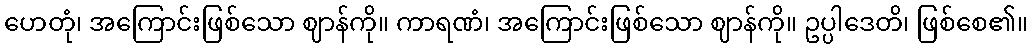
ဟေတုံ၊ အကြောင်းဖြစ်သော ဈာန်ကို။ ကာရဏံ၊ အကြောင်းဖြစ်သော ဈာန်ကို။ ဥပ္ပါဒေတိ၊ ဖြစ်စေ၏။